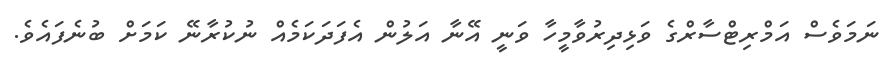
ނަމަވެސް އަމްރިޓްސާރްގެ ވަޅިދިރުވާމީހާ ވަނީ އޭނާ އަލުން އެފަދަކަމެއް ނުކުރާނޭ ކަމަށް ބުނެފައެވެ.